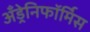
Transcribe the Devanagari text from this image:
अँड्रेनिफॉर्मिस